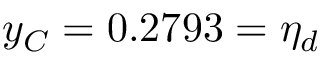
y _ { C } = 0 . 2 7 9 3 = \eta _ { d }